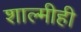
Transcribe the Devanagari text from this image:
शाल्मीही